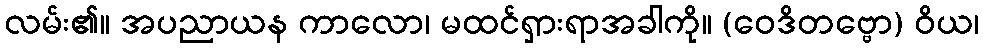
လမ်း၏။ အပညာယန ကာလော၊ မထင်ရှားရာအခါကို။ (ဝေဒိတဗ္ဗော) ဝိယ၊